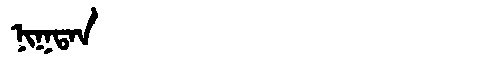
Manchu: ᠨᡳᡴᡨᠠᠨ
Romanization: NIKTAN